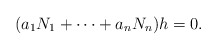
\begin{align*}(a_1 N_1 + \dotsb + a_n N_n) h = 0.\end{align*}